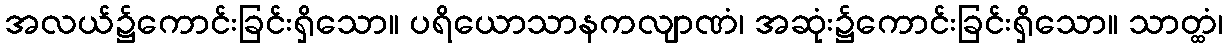
အလယ်၌ကောင်းခြင်းရှိသော။ ပရိယောသာနကလျာဏံ၊ အဆုံး၌ကောင်းခြင်းရှိသော။ သာတ္ထံ၊